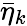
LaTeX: \bar{\eta}_{k}